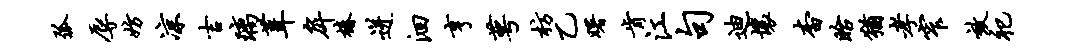
弧辱妨凉吉璃葺戽椿迸洄亨萼枋乙曙肯江句迪壤杳眙犹孝窄效祀